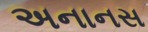
અનાનસ